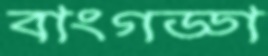
বাংগড্ডা